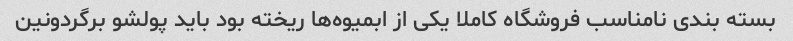
بسته بندی نامناسب فروشگاه کاملا یکی از ابمیوه‌ها ریخته بود باید پولشو برگردونین